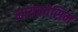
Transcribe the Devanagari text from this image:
मायक्रोसिम